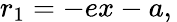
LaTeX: r_{1}=-ex-a,\,